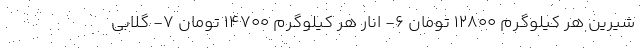
شیرین هر کیلوگرم 12800 تومان 6- انار هر کیلوگرم 14700 تومان 7- گلابی